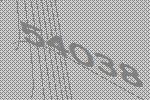
54038